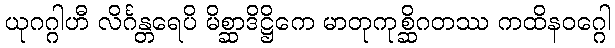
ယုဂဂ္ဂါဟီ လိင်္ဂန္တရေပိ မိစ္ဆာဒိဋ္ဌိကေ မာတုကုစ္ဆိဂတဿ ကထိနဝဂ္ဂေါ